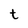
Character: t